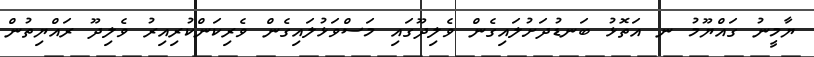
ޔާމީނު ގައްޔޫމު ނ އަތޮޅު ބަނޑުދަށުލައިގެން ވެލިދޫގައި މަސްވަޅުލައިގެން ވެރިކަންކުރިއިރު ވެލިދޫ ރައްޔިތުން